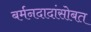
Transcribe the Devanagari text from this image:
बर्मनदादांसोबत